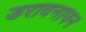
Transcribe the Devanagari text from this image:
डरावनापन